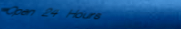
Open 24 Hours